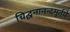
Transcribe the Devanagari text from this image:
चिद्घनानन्दमूर्तये